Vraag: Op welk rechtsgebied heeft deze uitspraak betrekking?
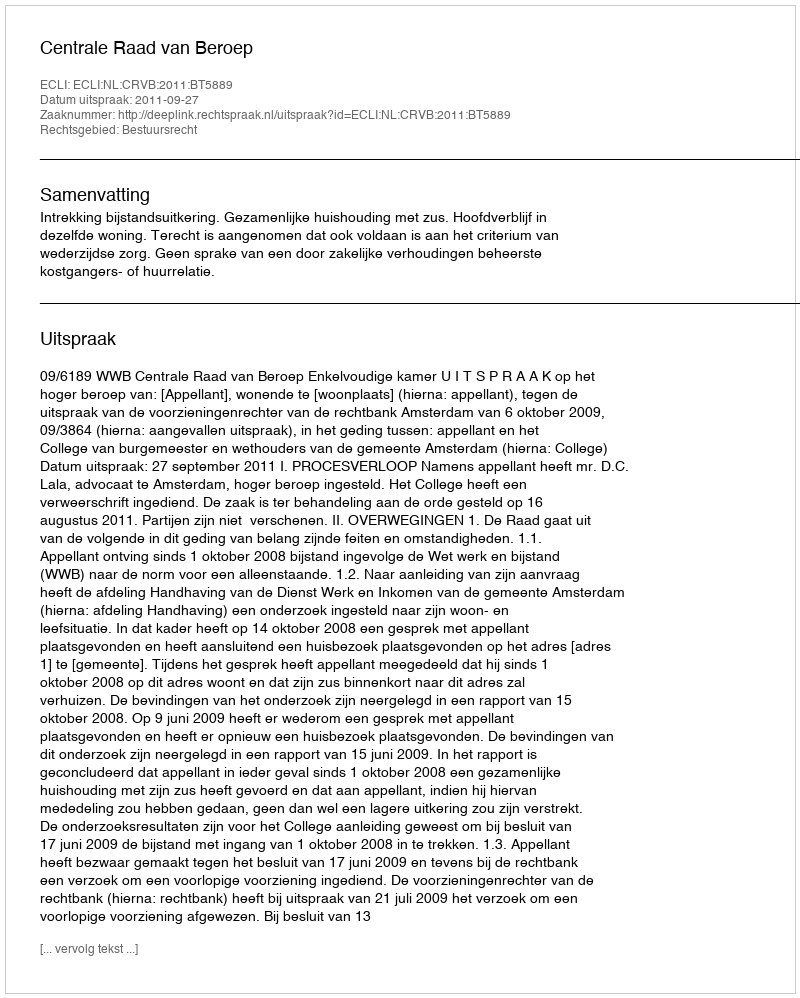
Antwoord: Bestuursrecht